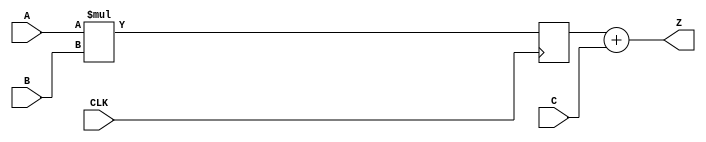
/*
 Top level Behavioral Multiple Add unit for Mosiac 2 functional unit

 Author: Nathaniel McVicar
 Date: 6/17/2010
*/

module MADD (CLK, A, B, C, Z);

   input         CLK;
   input [31:0]  A;
   input [31:0]  B;
   input [31:0]  C;
   output [31:0] Z;

   reg [31:0]    AtimesB;

   // Totally behavioral way of doing things, about 2ns too slow
   always @(posedge CLK)
     AtimesB <= (A * B);

   assign Z = AtimesB + C;

endmodule // MADD